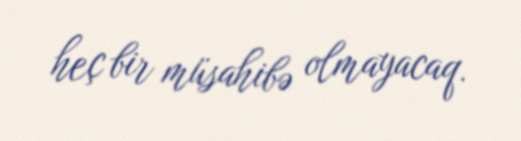
heç bir müsahibə olmayacaq.